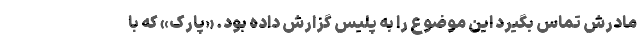
مادرش تماس بگیرد این موضوع را به پلیس گزارش داده بود. «پارک» که با